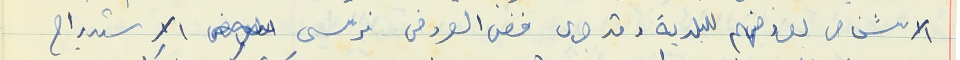
الاشخاص لعروضهم للبلدية وقد جرى فض العروض فرسي الاستدراج